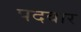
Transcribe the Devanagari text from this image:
पदवार